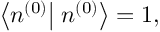
\left\langle n ^ { ( 0 ) } \right| \left. n ^ { ( 0 ) } \right\rangle = 1 ,